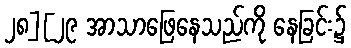
၂၈][၂၉ အာသာဖြေနေသည်ကို နေခြင်း၌